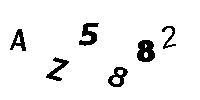
AZ5882